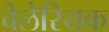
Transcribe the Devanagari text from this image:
बेलेरियक